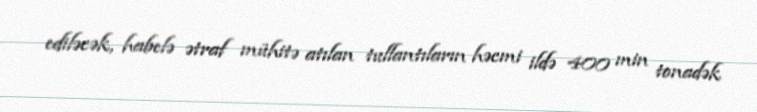
ediləcək, habelə ətraf mühitə atılan tullantıların həcmi ildə 400 min tonadək